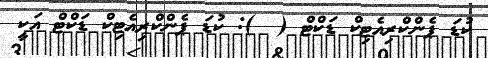
ކުޑަ ޕެންކްރިއެޓިކް ޑަކްޓް (  ): ކުޑަ ޕެންކްރިއެޓިކް ޑަކްޓް އަކީ